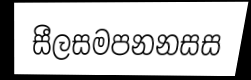
සීලසමපනනසස